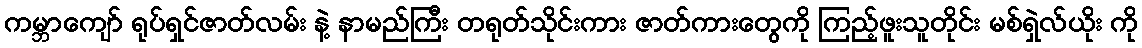
ကမ္ဘာကျော် ရုပ်ရှင်ဇာတ်လမ်း နဲ့ နာမည်ကြီး တရုတ်သိုင်းကား ဇာတ်ကားတွေကို ကြည့်ဖူးသူတိုင်း မစ်ရှဲလ်ယိုး ကို